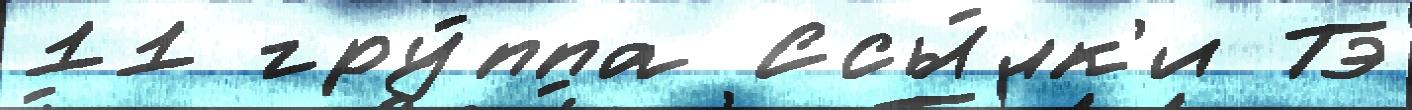
11 гру́ппа Ссы́лк'и Тэ